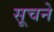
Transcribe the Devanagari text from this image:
सूचने